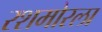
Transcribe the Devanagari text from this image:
रशमोरला